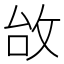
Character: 𢼉